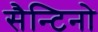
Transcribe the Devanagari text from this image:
सैन्टिनो